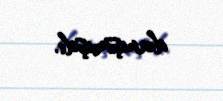
danışmışdı.